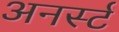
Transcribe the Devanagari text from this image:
अनर्स्टं